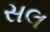
સલ